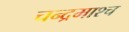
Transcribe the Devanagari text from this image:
चन्द्रमाश्च